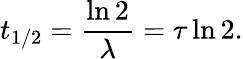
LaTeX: t_{1/2}={\frac{\ln 2}{\lambda}}=\tau\ln 2.